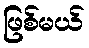
ဖြစ်မယ်